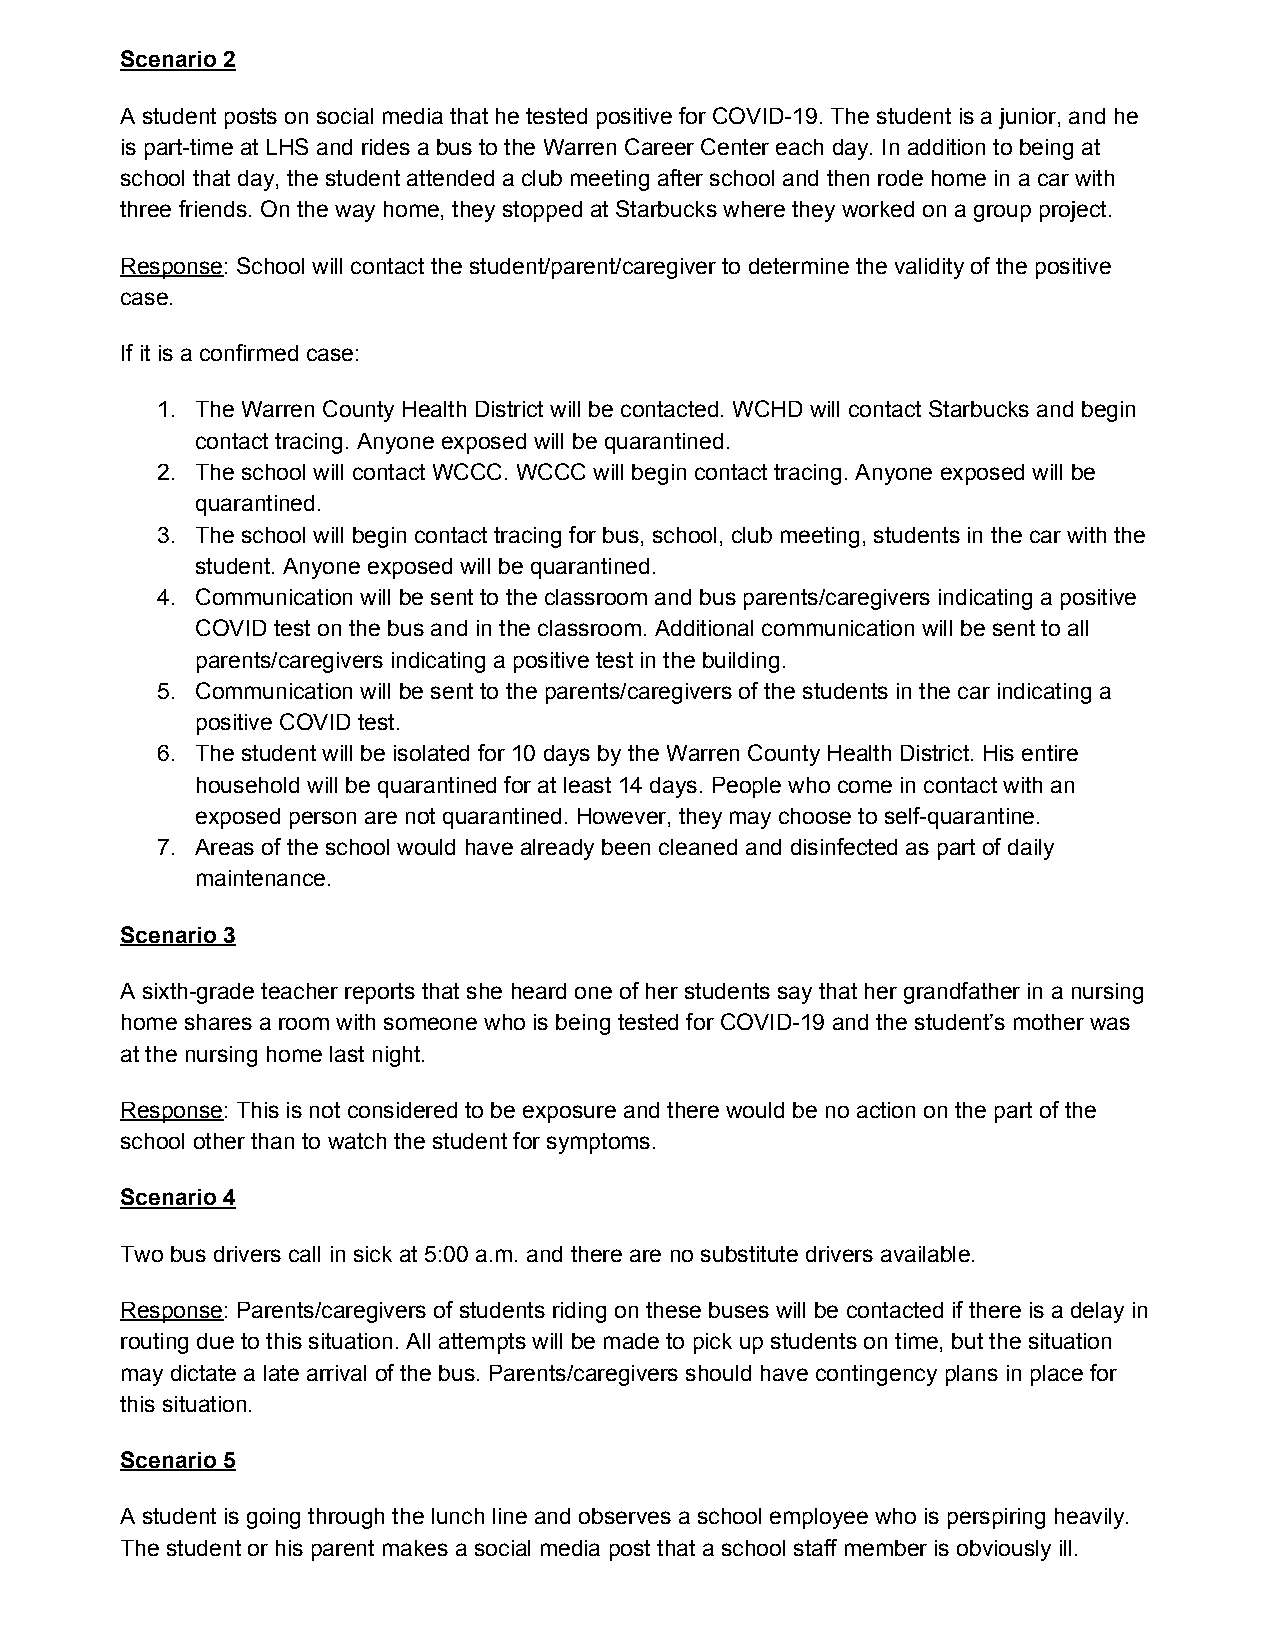
Scenario 2
 A student posts on social media that he tested positive for COVID-19. The student is a junior, and he
 is part-time at LHS and rides a bus to the Warren Career Center each day. In addition to being at
 school that day, the student attended a club meeting after school and then rode home in a car with
 three friends. On the way home, they stopped at Starbucks where they worked on a group project.
 Response: School will contact the student/parent/caregiver to determine the validity of the positive
 ​
 case.
 If it is a confirmed case:
 1. The Warren County Health District will be contacted. WCHD will contact Starbucks and begin
 contact tracing. Anyone exposed will be quarantined.
 2. The school will contact WCCC. WCCC will begin contact tracing. Anyone exposed will be
 quarantined.
 3. The school will begin contact tracing for bus, school, club meeting, students in the car with the
 student. Anyone exposed will be quarantined.
 4. Communication will be sent to the classroom and bus parents/caregivers indicating a positive
 COVID test on the bus and in the classroom. Additional communication will be sent to all
 parents/caregivers indicating a positive test in the building.
 5. Communication will be sent to the parents/caregivers of the students in the car indicating a
 positive COVID test.
 6. The student will be isolated for 10 days by the Warren County Health District. His entire
 household will be quarantined for at least 14 days. People who come in contact with an
 exposed person are not quarantined. However, they may choose to self-quarantine.
 7. Areas of the school would have already been cleaned and disinfected as part of daily
 maintenance.
 Scenario 3
 A sixth-grade teacher reports that she heard one of her students say that her grandfather in a nursing
 home shares a room with someone who is being tested for COVID-19 and the student’s mother was
 at the nursing home last night.
 Response: This is not considered to be exposure and there would be no action on the part of the
 ​
 school other than to watch the student for symptoms.
 Scenario 4
 Two bus drivers call in sick at 5:00 a.m. and there are no substitute drivers available.
 Response: Parents/caregivers of students riding on these buses will be contacted if there is a delay in
 ​
 routing due to this situation. All attempts will be made to pick up students on time, but the situation
 may dictate a late arrival of the bus. Parents/caregivers should have contingency plans in place for
 this situation.
 Scenario 5
 A student is going through the lunch line and observes a school employee who is perspiring heavily.
 The student or his parent makes a social media post that a school staff member is obviously ill.